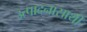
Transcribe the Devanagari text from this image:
उत्पादनासाथी